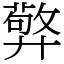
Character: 㢣